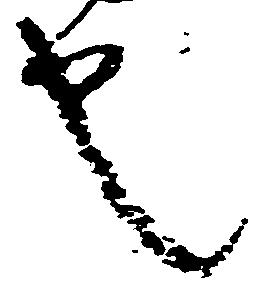
也